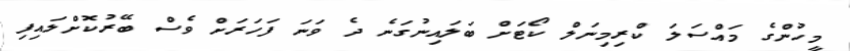
މީހުންގެ މައްސަލަ ކްރިމިނަލް ކޯޓަށް ބަލައިނުގަނެ ދެ ވަނަ ފަހަރަށް ވެސް ބޭރުކޮށްލައިފި